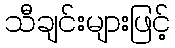
သီချင်းများဖြင့်